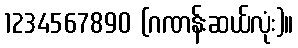
1234567890 (ဂဏန်းဆယ်လုံး)။